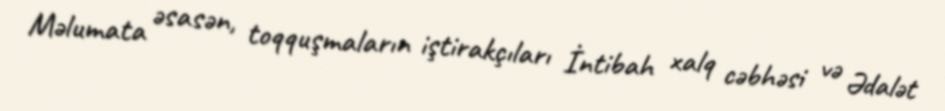
Məlumata əsasən, toqquşmaların iştirakçıları İntibah xalq cəbhəsi və Ədalət